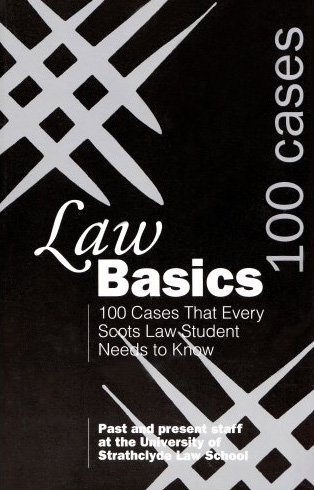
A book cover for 100 Cases That Every Scots Law Student Needs to Know (Green's Law Basics); Law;